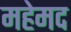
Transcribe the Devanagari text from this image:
महेमद